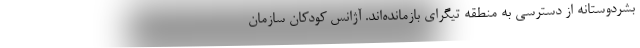
بشردوستانه از دسترسی به منطقه تیگرای بازمانده‌اند. آژانس کودکان سازمان